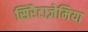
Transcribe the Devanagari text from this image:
सिरैटाज़ेमिया